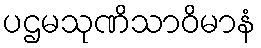
ပဌမသုဏိသာဝိမာနံ